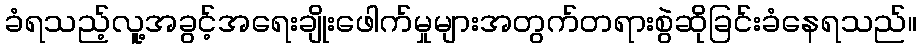
ခံရသည့်လူ့အခွင့်အရေးချိုးဖေါက်မှုများအတွက်တရားစွဲဆိုခြင်းခံနေရသည်။